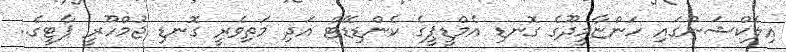
އިލެކްޝަންގައި ހަންޏާމީދޫގެ ގޮނޑި އެމްޑީޕީގެ ކެންޑިޑޭޓް އަދި މަތިވެރީ ގޮނޑި ޖުމްހޫރީ ޕާޓީގެ..